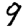
Digit: 9